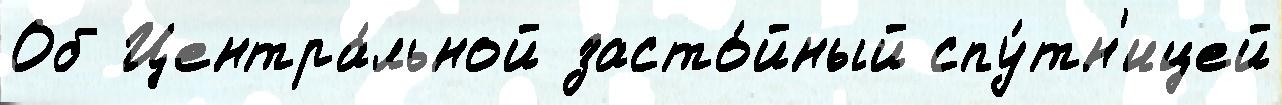
Об Центра́льной засто́йный спу́тн'ицей